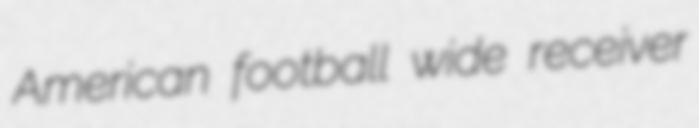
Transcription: American football wide receiver